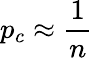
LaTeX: p_{c}\approx\frac{1}{n}